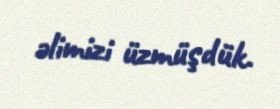
əlimizi üzmüşdük.